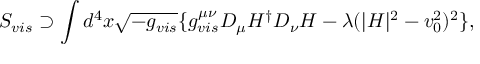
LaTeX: S _ { v i s } \supset \int d ^ { 4 } x \sqrt { - g _ { v i s } } \{ g _ { v i s } ^ { \mu \nu } D _ { \mu } H ^ { \dagger } D _ { \nu } H - \lambda ( | H | ^ { 2 } - v _ { 0 } ^ { 2 } ) ^ { 2 } \} ,